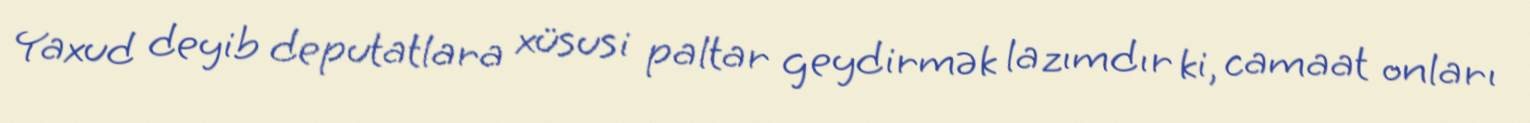
Yaxud deyib deputatlara xüsusi paltar geydirmək lazımdır ki, camaat onları